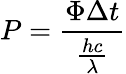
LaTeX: P={\frac{\Phi\Delta t}{\frac{hc}{\lambda}}}